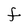
Character: f